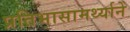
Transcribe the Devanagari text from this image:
प्रतिभासामर्थ्याने